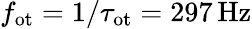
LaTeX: f_{\mathrm{{ot}}}=1/\tau_{\mathrm{{ot}}}=297\, \mathrm{{Hz}}